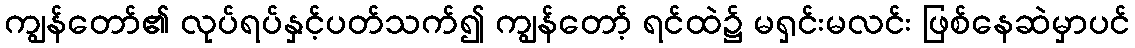
ကျွန်တော်၏ လုပ်ရပ်နှင့်ပတ်သက်၍ ကျွန်တော့် ရင်ထဲ၌ မရှင်းမလင်း ဖြစ်နေဆဲမှာပင်